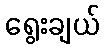
ရွေးချယ်